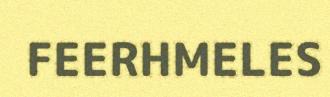
FEERHMELES